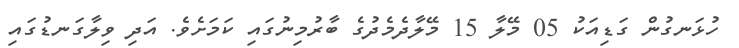
ހުޅަނގުން ގަޑިއަކު 05 މޭލާ 15 މޭލާދެމެދުގެ ބާރުމިނުގައި ކަމަށެވެ. އަދި ވިލާގަނޑުގައި